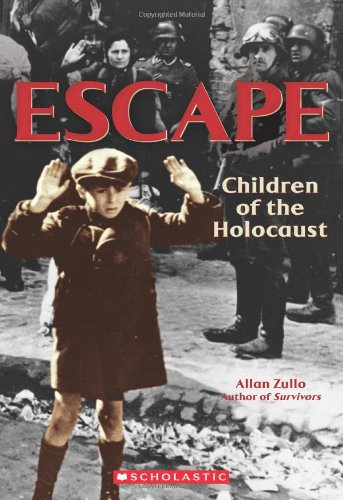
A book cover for Escape: Children of the Holocaust; Allan Zullo; Children's Books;